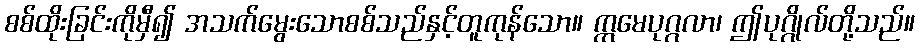
စစ်ထိုးခြင်းကိုမှီ၍ အသက်မွေးသောစစ်သည်နှင့်တူကုန်သော။ ဣမေပုဂ္ဂလာ၊ ဤပုဂ္ဂိုလ်တို့သည်။